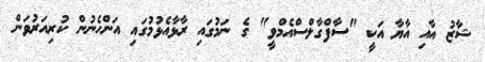
ޝާޒު އާއި އާޔާ އަކީ "ސާފްގާލްސްއެމްވީ" ގެ ނަމުގައި ރާޅާއެޅުމުގައި އަންހެނުން ކުރިއަރުވަން